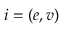
i = ( e , v )